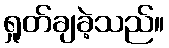
ရှုတ်ချခဲ့သည်။